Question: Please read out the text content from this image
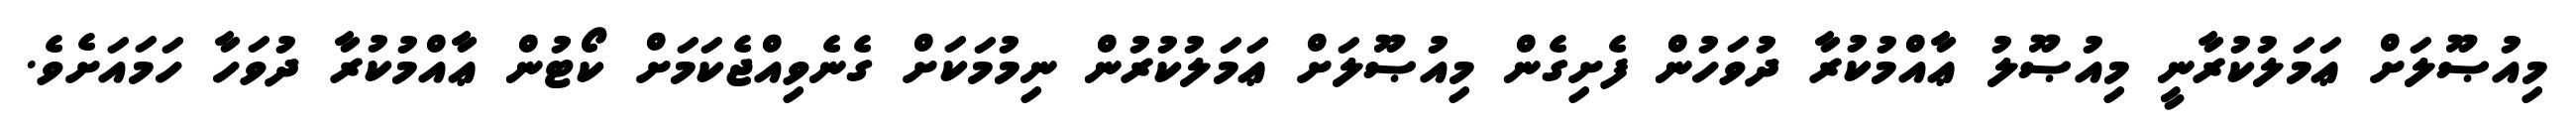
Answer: މިއުޞޫލަށް ޢަމަލުކުރާނީ މިއުޞޫލު ޢާއްމުކުރާ ދުވަހުން ފެށިގެން މިއުޞޫލަށް ޢަމަލުކުރުން ނިމުމަކަށް ގެނެވިއްޖެކަމަށް ކޯޓުން ޢާއްމުކުރާ ދުވަހާ ހަމައަށެވެ.